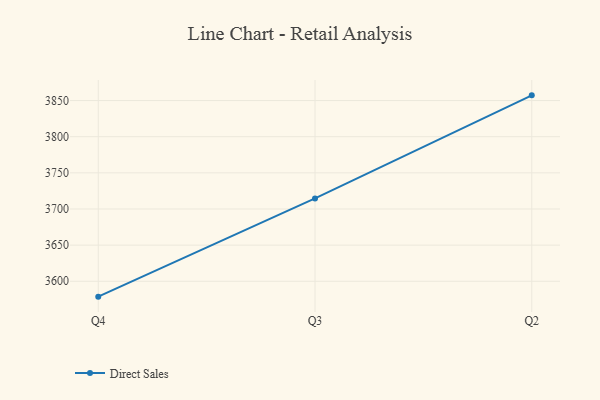
{"axis": {"x": "Quarter", "y": "Backlog"}, "legend": ["Direct Sales"], "data": [{"x": "Q4", "y": 3578.7, "type": "Direct Sales"}, {"x": "Q3", "y": 3714.6, "type": "Direct Sales"}, {"x": "Q2", "y": 3857.2, "type": "Direct Sales"}]}